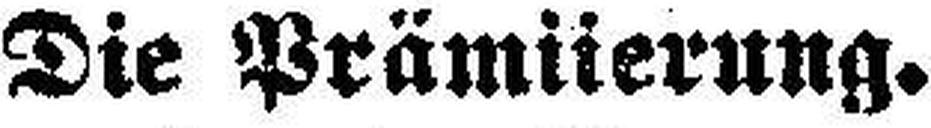
Die Prämiierung.